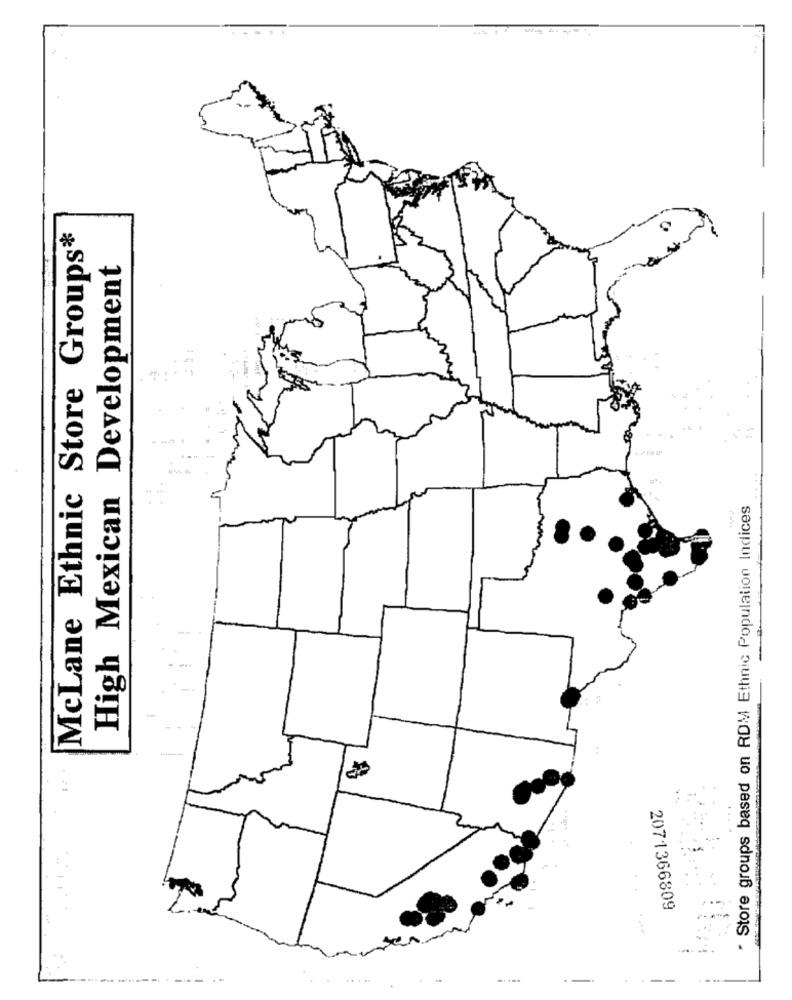
McLane Ethnic Store Groups*
High Mexican Development
" Store groups based on RDM Ethnic Population Indices
2071366809